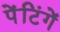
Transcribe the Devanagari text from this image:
पेंटिंगें